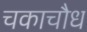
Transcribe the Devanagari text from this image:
चकाचौध